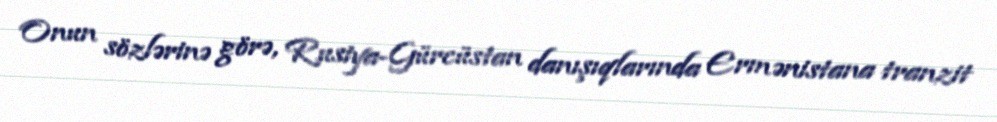
Onun sözlərinə görə, Rusiya-Gürcüstan danışıqlarında Ermənistana tranzit